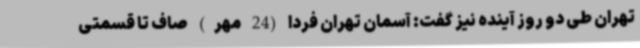
تهران طی دو روز آینده نیز گفت: آسمان تهران فردا (24 مهر) صاف تا قسمتی